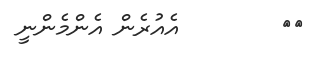
٦١        އެއުރެން އެންމެންނީ